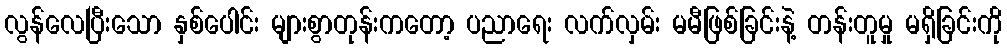
လွန်လေပြီးသော နှစ်ပေါင်း များစွာတုန်းကတော့ ပညာရေး လက်လှမ်း မမီဖြစ်ခြင်းနဲ့ တန်းတူမှု မရှိခြင်းကို